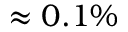
\approx 0 . 1 \%